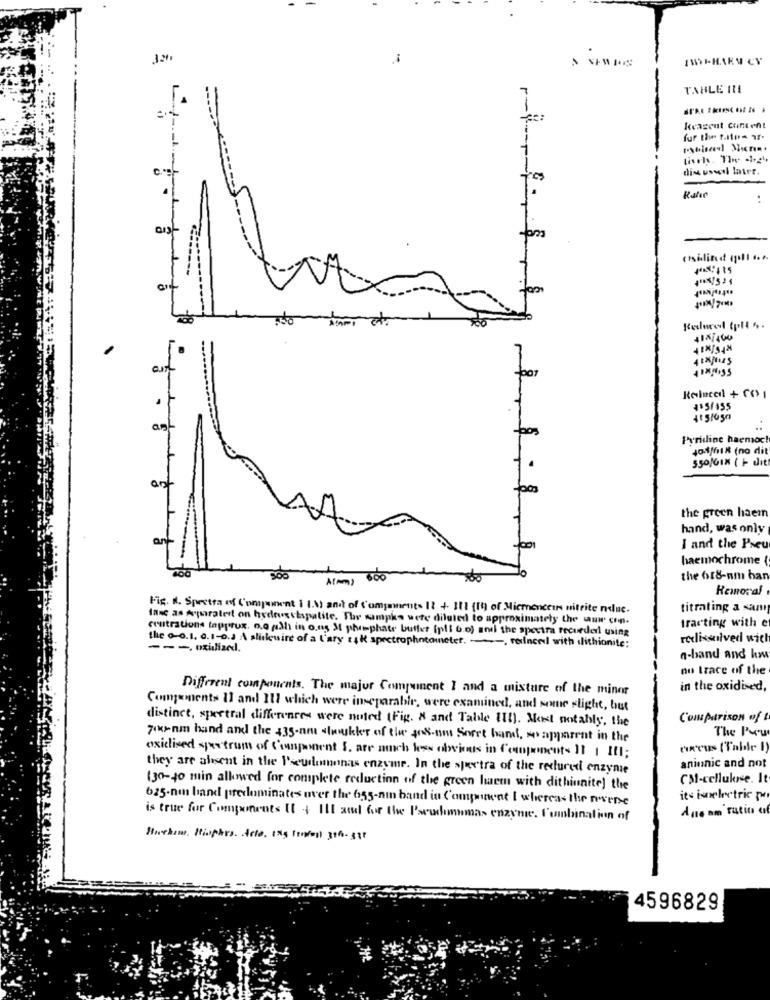
32
TABLE 11!
kcasent Content
fur the tattoo af.
Reducel (plt s.
414/400
4$5f455
Pyridine haemoc!
Jo1/18 (no dit
550/G18 ( + dit
the green haem
hand, was only
I and the Pseu
haemochrome (
900
the 618-nm han
Remoral
Fig. I. Spectra of Compwinent i I.V and of Components 12 + 111 (19) of Micmenceus nitrite neue.
titrating a san
Inne as Aparalert on hydrusetspalite. The wampka were diluted to approximately the wu con.
tracting with e
contrations (approx. ne ath in ons Mt phosphate buffer (plt & o) and the spectra recorder using
the 0-0.1. 0.1-0.3 A stickcuire of a t'ary ak spectrophotometer. reince with lithionite:
rodissolved wich
n-band and km
no trace of the
Different components. The major Component I and a mixture of the minor
in the oxidised,
Components Il and Ill which were inseparable, were examined, and some slight, but
distinct, spectral differences were noted (Fig. A and Table III). Most notably, the
Comparison of t
The Pru
7ikram hand and the 435-amt slukker of the postcon Soret band, soapparent in the
oxidized spectrum of Component S. are much les obvious in Components 11 | III;
excus (Table 1)
aniunic and not
they are absent in the Pseudomonas enzyme. In the spectra of the reduced enzyme
CM-cellukre. It
(30-40 min allowed for complete reduction of the green lwem with dithiunite] the
625.nm band predominates over the 655-am band in Component I whereas the mene
its isoelectric p
Ane nm ratin of
is true for Components It + Ill and for the Pseudomumas enzynie. Combination of
Hithim. Hisphers. Acte. 175 forell 3th - 337
4596829